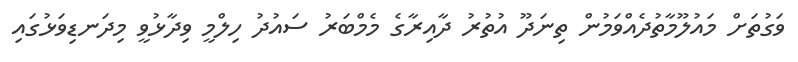
ވަގުތަށް މައުލޫމާތުދެއްވަމުން ތިނަދޫ އުތުރު ދާއިރާގެ މެމްބަރު ސައުދު ހިލްމީ ވިދާޅުވީ މިދަނޑިވަޅުގައި